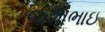
જશાભાઇ